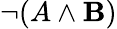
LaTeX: \neg(A\land\mathbf{B})